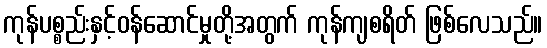
ကုန်ပစ္စည်းနှင့်ဝန်ဆောင်မှုတို့အတွက် ကုန်ကျစရိတ် ဖြစ်လေသည်။